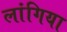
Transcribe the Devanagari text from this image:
लांगिया